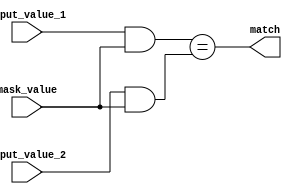
module masked_comparator (
    input [7:0] input_value_1,
    input [7:0] input_value_2,
    input [7:0] mask_value,
    output wire match
);

assign match = &({input_value_1 & mask_value} == {input_value_2 & mask_value});

endmodule